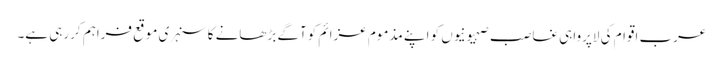
عرب اقوام کی لاپرواہی غاصب صہیونیوں کو اپنے مذموم عزائم کوآگے بڑھانے کا سنہری موقع فراہم کررہی ہے۔